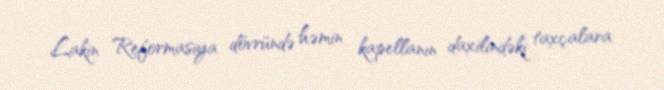
Lakin Reformasiya dövründə həmin kapellanın daxilindəki taxçalara